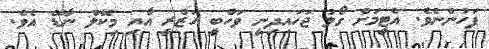
ފަހުންނެވެ. އެޓީމަށް ގޯލު ޖަހައިދިނީ ވަހްބީ ހަޒްރީ އާއި މިކޭލް ނާޑޭ އެވެ.